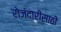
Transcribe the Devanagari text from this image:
रोजंदारीसाठी